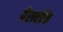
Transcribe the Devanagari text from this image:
पेसवॉक